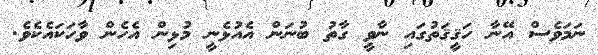
ނަމަވެސް އޭނާ ހަޤީޤަތުގައި ނާވީ ގާތު ބުނަން އެއުޅެނީ މުޅިން އެހެން ވާހަކައެކެވެ.